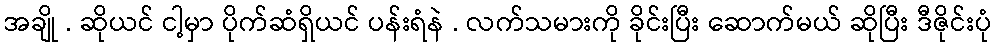
အချို . ဆိုယင် ငါ့မှာ ပိုက်ဆံရှိယင် ပန်းရံနဲ . လက်သမားကို ခိုင်းပြီး ဆောက်မယ် ဆိုပြီး ဒီဇိုင်းပုံ